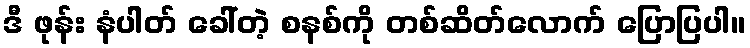
ဒီ ဖုန်း နံပါတ် ခေါ်တဲ့ စနစ်ကို တစ်ဆိတ်လောက် ပြောပြပါ။